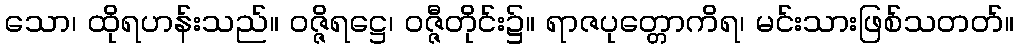
သော၊ ထိုရဟန်းသည်။ ဝဇ္ဇိရဋ္ဌေ၊ ဝဇ္ဇီတိုင်း၌။ ရာဇပုတ္တောကိရ၊ မင်းသားဖြစ်သတတ်။